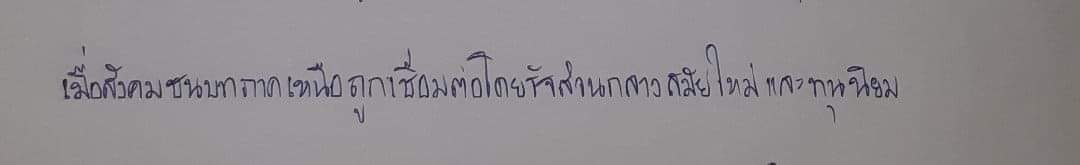
เมื่อสังคมชนบทภาคเหนือถูกเชื่อมต่อโดยรัฐส่วนกลางสมัยใหม่และทุนนิยม